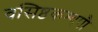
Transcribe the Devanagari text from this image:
वसिष्ठकश्यपौ